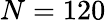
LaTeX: N=120